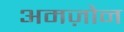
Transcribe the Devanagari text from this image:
अमज़ोन